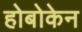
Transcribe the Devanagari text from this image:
होबोकेन